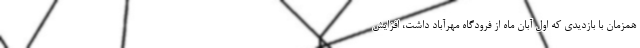
همزمان با بازدیدی که اول آبان ماه از فرودگاه مهرآباد داشت، افزایش